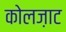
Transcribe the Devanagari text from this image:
कोलज़ाट